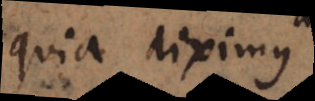
quia diximus